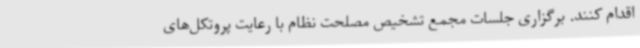
اقدام کنند. برگزاری جلسات مجمع تشخیص مصلحت نظام با رعایت پروتکل‌های